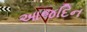
આજદિન